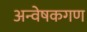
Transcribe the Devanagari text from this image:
अन्वेषकगण